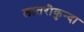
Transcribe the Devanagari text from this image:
लातरीकुन्दा